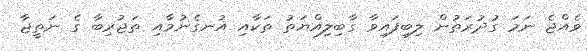
ވެއްޖެ ނަމަ ގުދުރަތުން ލިބިފައިވާ ގާބިލިއްޔަތު ތަކާއި އުނގެނުމާއި ތަޖުރިބާ ގެ ނަތީޖާ